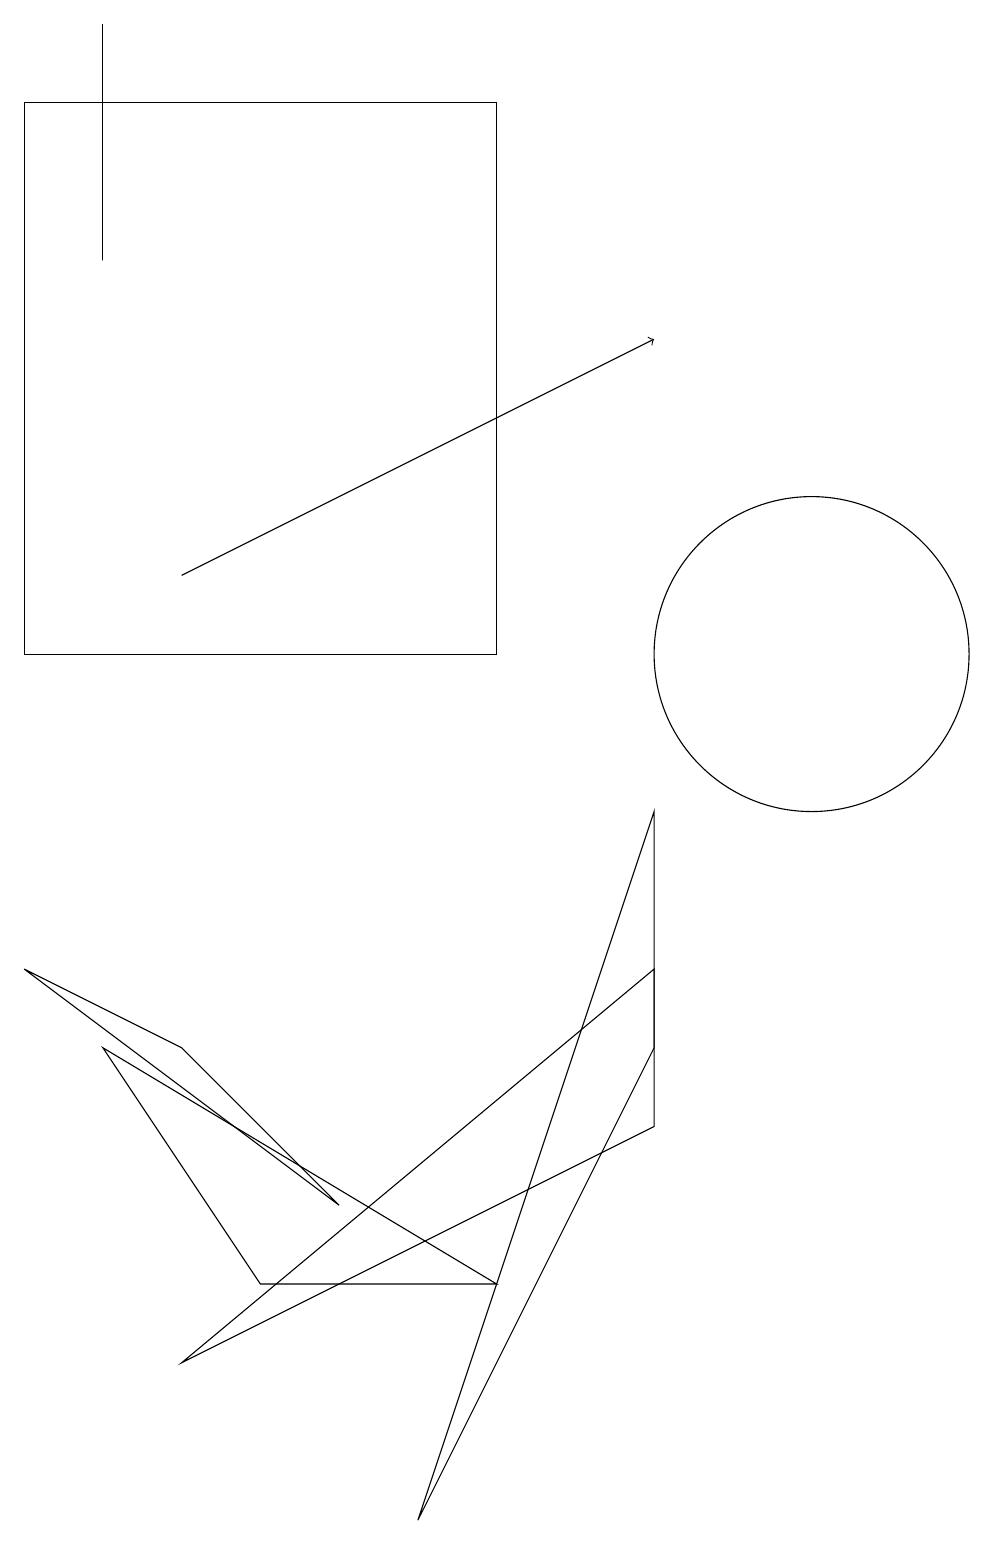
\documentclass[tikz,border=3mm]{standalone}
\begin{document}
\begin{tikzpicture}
\draw (7,18) rectangle (1,11);
\draw (9,9) -- (6,0) -- (9,6) -- cycle;
\draw (7,3) -- (4,3) -- (2,6) -- cycle;
\draw (3,6) -- (5,4) -- (1,7) -- cycle;
\draw (11,11) circle (2);
\draw[->] (3,12) -- (9,15);
\draw (9,7) -- (3,2) -- (9,5) -- cycle;
\draw (2,16) rectangle (2,19);
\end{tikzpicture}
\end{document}